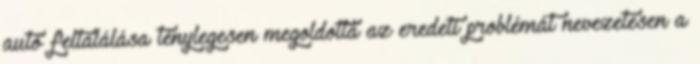
autó feltalálása ténylegesen megoldotta az eredeti problémát nevezetesen a